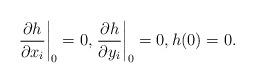
LaTeX: \begin{align*} \left. \frac{\partial h}{\partial x_i}\right|_0=0,\left.\frac{\partial h}{\partial y_i}\right|_0=0, h(0)=0. \end{align*}